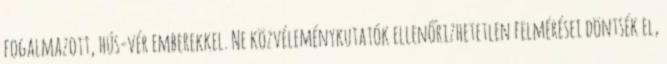
fogalmazott, hús-vér emberekkel. Ne közvéleménykutatók ellenőrizhetetlen felmérései döntsék el,